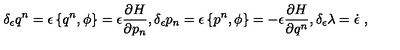
\delta _ { \epsilon } q ^ { n } = \epsilon \left\{ q ^ { n } , \phi \right\} = \epsilon \frac { \partial H } { \partial p _ { n } } , \delta _ { \epsilon } p _ { n } = \epsilon \left\{ p ^ { n } , \phi \right\} = - \epsilon \frac { \partial H } { \partial q ^ { n } } , \delta _ { \epsilon } \lambda = \dot { \epsilon } \ ,